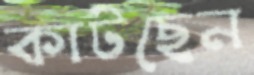
কাটছেন